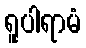
ရူပါရာမံ